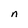
Character: n